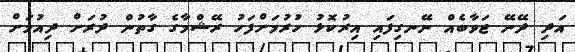
އަދި ދޭނޭ ޖަވާބެއް ނޭނގިފައި އިރުކޮޅު ހުރުމަށްފަހު ރޭޝްމާގެ ގާތުން ދުރަށް ދިއުމަށް